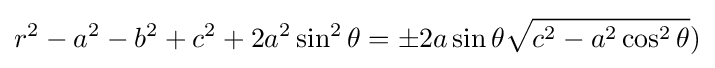
r^{2}-a^{2}-b^{2}+c^{2}+2a^{2}\sin ^{2}\theta =\pm 2a\sin \theta {\sqrt {c^{2}-a^{2}\cos ^{2}\theta }})